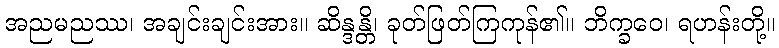
အညမညဿ၊ အချင်းချင်းအား။ ဆိန္ဒန္တိ၊ ခုတ်ဖြတ်ကြကုန်၏။ ဘိက္ခဝေ၊ ရဟန်းတို့။